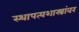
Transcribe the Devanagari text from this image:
स्थापत्यशास्त्रांवर